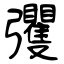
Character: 彏